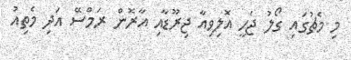
މި މެޗުގައި ގޯލު ޖެހީ އޮލިވިއާ ޖިރޫޑާއި އާރޮން ރަމްސޭ އަދި މެތިއު